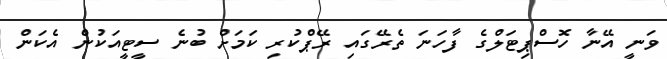
ވަނީ އޭނާ ހޮސްޕިޓަލްގެ ފާހަނަ ތެރޭގައި ރޭޕްކުރި ކަމަށް ބުނެ ސީޓީއަކުން އެކަން